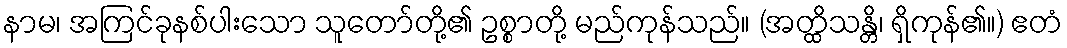
နာမ၊ အကြင်ခုနစ်ပါးသော သူတော်တို့၏ ဥစ္စာတို့ မည်ကုန်သည်။ (အတ္ထိသန္တိ၊ ရှိကုန်၏။) ဧတံ